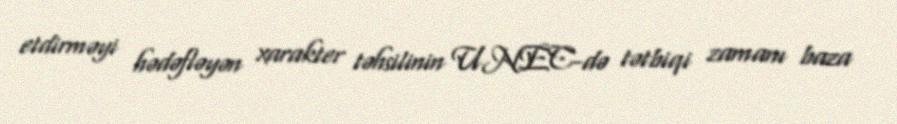
etdirməyi hədəfləyən xarakter təhsilinin UNEC-də tətbiqi zamanı baza